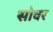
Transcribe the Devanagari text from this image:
सोवर